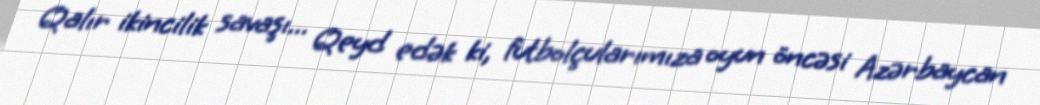
Qalır ikincilik savaşı... Qeyd edək ki, futbolçularımıza oyun öncəsi Azərbaycan